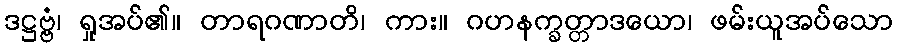
ဒဋ္ဌဗ္ဗံ၊ ရှုအပ်၏။ တာရဂဏာတိ၊ ကား။ ဂဟနက္ခတ္တာဒယော၊ ဖမ်းယူအပ်သော